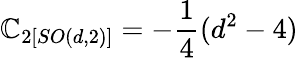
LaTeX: \mathbb{C}_{2\left[SO(d,2)\right]}=-\frac{{1}}{{4}}(d^{2}-4)